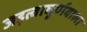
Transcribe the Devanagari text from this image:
जड़त्वाघूर्णवाला